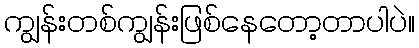
ကျွန်းတစ်ကျွန်းဖြစ်နေတော့တာပါပဲ။